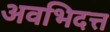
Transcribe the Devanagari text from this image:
अवभिदत्त